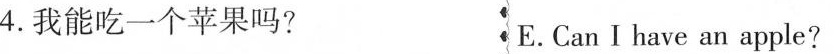
4.我能吃一个苹果吗? E. Can I have an apple?